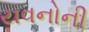
યવનોની